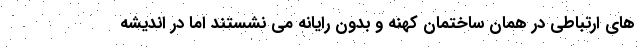
های ارتباطی در همان ساختمان کهنه و بدون رایانه می نشستند اما در اندیشه